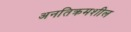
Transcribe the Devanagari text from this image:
अनतिक्रमशील